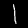
Digit: 1